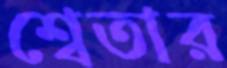
শ্বেতার